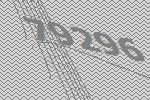
79296